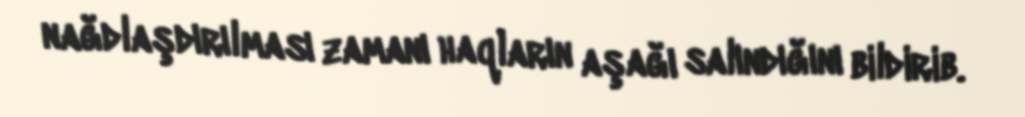
nağdlaşdırılması zamanı haqların aşağı salındığını bildirib.